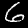
Label: 6